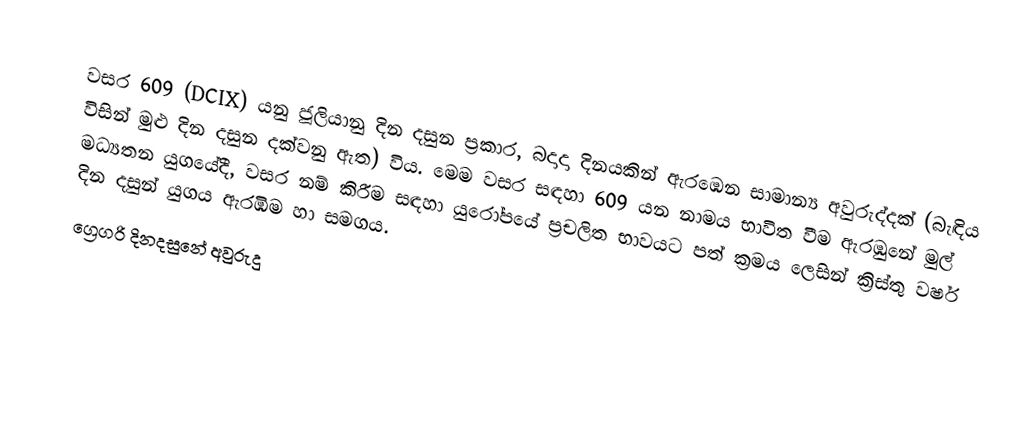
වසර  609 (DCIX) යනු ජූලියානු දින දසුන ප්‍රකාර,   බදාදා දිනයකින් ඇරඹෙන සාමාන්‍ය අවුරුද්දක් (බැඳිය විසින් මුළු දින දසුන දක්වනු ඇත) විය. මෙම වසර සඳහා 609 යන නාමය භාවිත වීම ඇරඹුනේ මුල් මධ්‍යතන යුගයේදී, වසර නම් කිරීම සඳහා යුරෝපයේ ප්‍රචලිත භාවයට පත් ක්‍රමය ලෙසින් ක්‍රිස්තු වර්ෂ දින දසුන් යුගය ඇරඹීම හා සමගය.
ග්‍රෙගරි දිනදසුනේ අවුරුදු